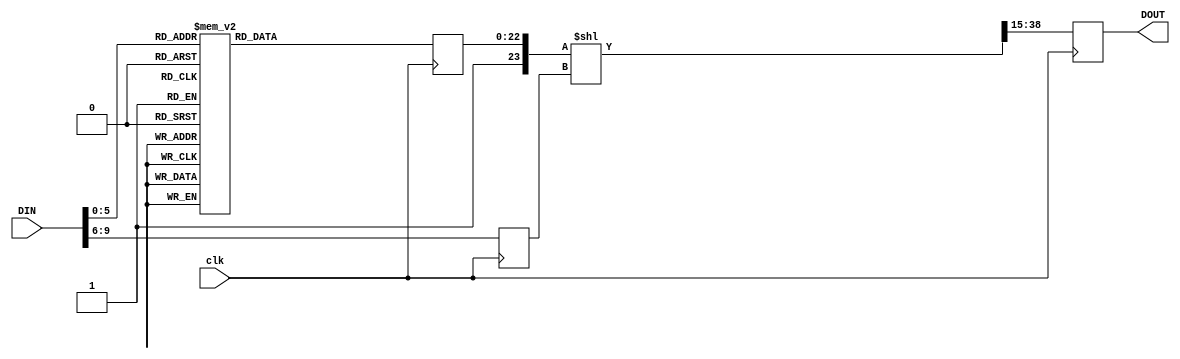
module AntiLog2
(
	input [9:0]	DIN,
	input			clk,

	output reg	[23:0]	DOUT
);


// Comprises 2 main blocks: barrel shifter & LUT

reg	[3:0]	barrelshfcnt;
reg	[22:0]	LUTout;

wire [38:0] tmp1 =	({1'b1, LUTout}  <<  barrelshfcnt);

always @(posedge clk) 					
begin
	barrelshfcnt	<=	DIN[9:6];
	DOUT			<=	tmp1[38:15];
end


//LUT for one octave of antilog lookup
// The equation is: output = (2^(input/64)-1) * 2^23
// For larger tables, better to generate a separate data file using a program!

always @(posedge clk)
case (DIN[5:0])

	0:	LUTout	<=	0;
	1:	LUTout	<=	91346;
	2:	LUTout	<=	183687;
	3:	LUTout	<=	277033;
	4:	LUTout	<=	371395;
	5:	LUTout	<=	466786;
	6:	LUTout	<=	563215;
	7:	LUTout	<=	660693;
	8:	LUTout	<=	759234;
	9:	LUTout	<=	858847;
	10:	LUTout	<=	959546;
	11:	LUTout	<=	1061340;
	12:	LUTout	<=	1164243;
	13:	LUTout	<=	1268267;
	14:	LUTout	<=	1373424;
	15:	LUTout	<=	1479725;
	16:	LUTout	<=	1587184;
	17:	LUTout	<=	1695814;
	18:	LUTout	<=	1805626;
	19:	LUTout	<=	1916634;
	20:	LUTout	<=	2028850;
	21:	LUTout	<=	2142289;
	22:	LUTout	<=	2256963;
	23:	LUTout	<=	2372886;
	24:	LUTout	<=	2490071;
	25:	LUTout	<=	2608532;
	26:	LUTout	<=	2728283;
	27:	LUTout	<=	2849338;
	28:	LUTout	<=	2971711;
	29:	LUTout	<=	3095417;
	30:	LUTout	<=	3220470;
	31:	LUTout	<=	3346884;
	32:	LUTout	<=	3474675;
	33:	LUTout	<=	3603858;
	34:	LUTout	<=	3734447;
	35:	LUTout	<=	3866459;
	36:	LUTout	<=	3999908;
	37:	LUTout	<=	4134810;
	38:	LUTout	<=	4271181;
	39:	LUTout	<=	4409037;
	40:	LUTout	<=	4548394;
	41:	LUTout	<=	4689269;
	42:	LUTout	<=	4831678;
	43:	LUTout	<=	4975637;
	44:	LUTout	<=	5121164;
	45:	LUTout	<=	5268276;
	46:	LUTout	<=	5416990;
	47:	LUTout	<=	5567323;
	48:	LUTout	<=	5719293;
	49:	LUTout	<=	5872918;
	50:	LUTout	<=	6028216;
	51:	LUTout	<=	6185205;
	52:	LUTout	<=	6343903;
	53:	LUTout	<=	6504329;
	54:	LUTout	<=	6666503;
	55:	LUTout	<=	6830442;
	56:	LUTout	<=	6996167;
	57:	LUTout	<=	7163696;
	58:	LUTout	<=	7333050;
	59:	LUTout	<=	7504247;
	60:	LUTout	<=	7677309;
	61:	LUTout	<=	7852255;
	62:	LUTout	<=	8029107;
	63:	LUTout	<=	8207884;

endcase

endmodule